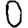
Digit: 0